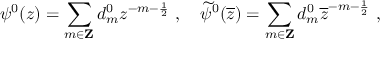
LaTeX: \psi ^ { 0 } ( z ) = \sum _ { m \in { \bf Z } } d _ { m } ^ { 0 } z ^ { - m - \frac { 1 } { 2 } } ~ , \quad \widetilde { \psi } ^ { 0 } ( \overline { { { z } } } ) = \sum _ { m \in { \bf Z } } d _ { m } ^ { 0 } \overline { { { z } } } ^ { - m - \frac { 1 } { 2 } } ~ ,